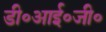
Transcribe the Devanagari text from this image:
डी०आई०जी०